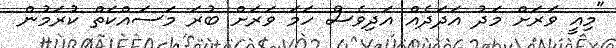
"މިއީ ވަރަށް މަދު އަދަދެއް އަދިވެސް ހަމަ ވަރަށް ބުރަ މަސައްކަތް ކުރަމުން